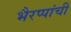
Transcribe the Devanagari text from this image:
भैरप्पांची